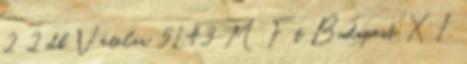
2 2 db Vételár 51,43 M Ft Budapest, XI.